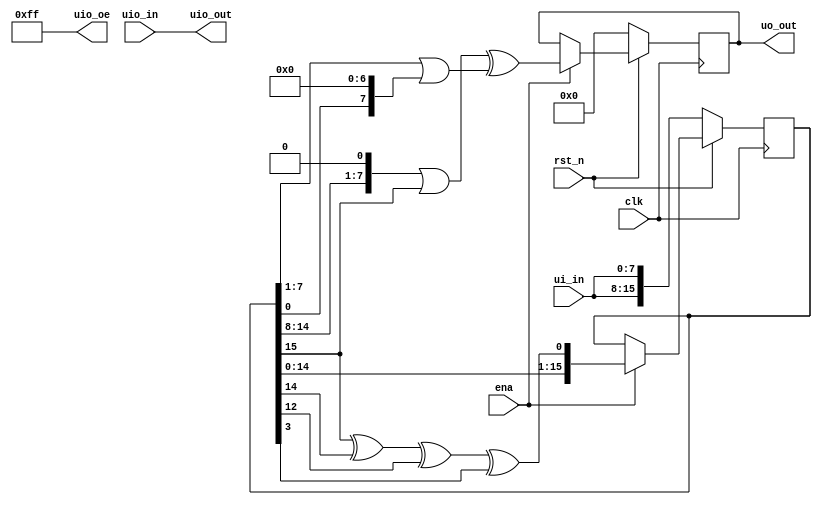
/*
 * Copyright (c) 2024 Jakub Duchniewicz
 * SPDX-License-Identifier: Apache-2.0
 */

`default_nettype none

module tt_um_jduchniewicz_prng (
    input  wire [7:0] ui_in,    // Dedicated inputs
    output wire [7:0] uo_out,   // Dedicated outputs
    input  wire [7:0] uio_in,   // IOs: Input path
    output wire [7:0] uio_out,  // IOs: Output path
    output wire [7:0] uio_oe,   // IOs: Enable path (active high: 0=input, 1=output)
    input  wire       ena,      // Will go high when the design is enabled
    input  wire       clk,      // Clock
    input  wire       rst_n     // Reset, active low
);

    // Set bidir pins all to output mode
    assign uio_oe = 8'hFF;

    // Set bidir output to always be equal to input
    assign uio_out = uio_in;

    // 8-bit LFSR with internal state of 16-bits where output is a XOR of
    // left-shifted lower 8-bits and right-shifted 8-bits basing on https:
    // //stackoverflow.com/questions/14497877/how-to-implement-a-pseudo-hardware-random-number-generator
    reg [15:0] lfsr;  // 16-bit internal state for the LFSR
    reg [7:0] out;    // 8-bit output
    assign uo_out = out;  // Assign the internal 'out' to the module's output

	always @(posedge clk) begin
		if (!rst_n) begin
			// Synchronize the reset: Reset or initialize LFSR and out within the clocked process.
			// This makes the reset path to the output synchronous, removing direct combinatorial paths.
			lfsr <= {ui_in, ui_in}; // Example: Synchronizing reset operation for LFSR.
			out <= 8'h00; // Ensure 'out' is also reset synchronously.
		end
		else if (ena) begin
			// Normal operation: Update LFSR and out when enabled.
			lfsr <= {lfsr[14:0], lfsr[15] ^ lfsr[14] ^ lfsr[12] ^ lfsr[3]};
			out <= (lfsr[15:8] << 1 | lfsr[15:8] >> 7) ^ (lfsr[7:0] >> 1 | lfsr[7:0] << 7);
		end
	end
endmodule